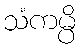
သံကမ္ပိ